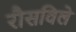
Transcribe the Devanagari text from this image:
रौसविले